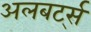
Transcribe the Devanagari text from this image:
अलबर्ट्स